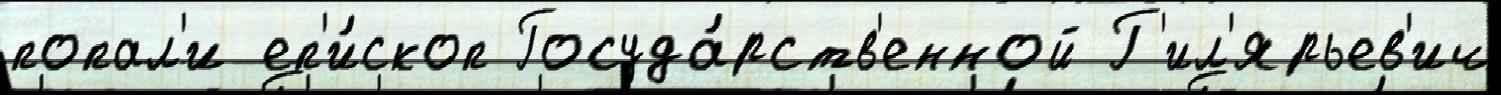
попал'и еп'и́скоп Госуда́рств'енной Г'ил'ярьев'ич